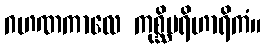
ဂဟဏကာလေ ကုစ္ဆိပရိဟာရိကံ။